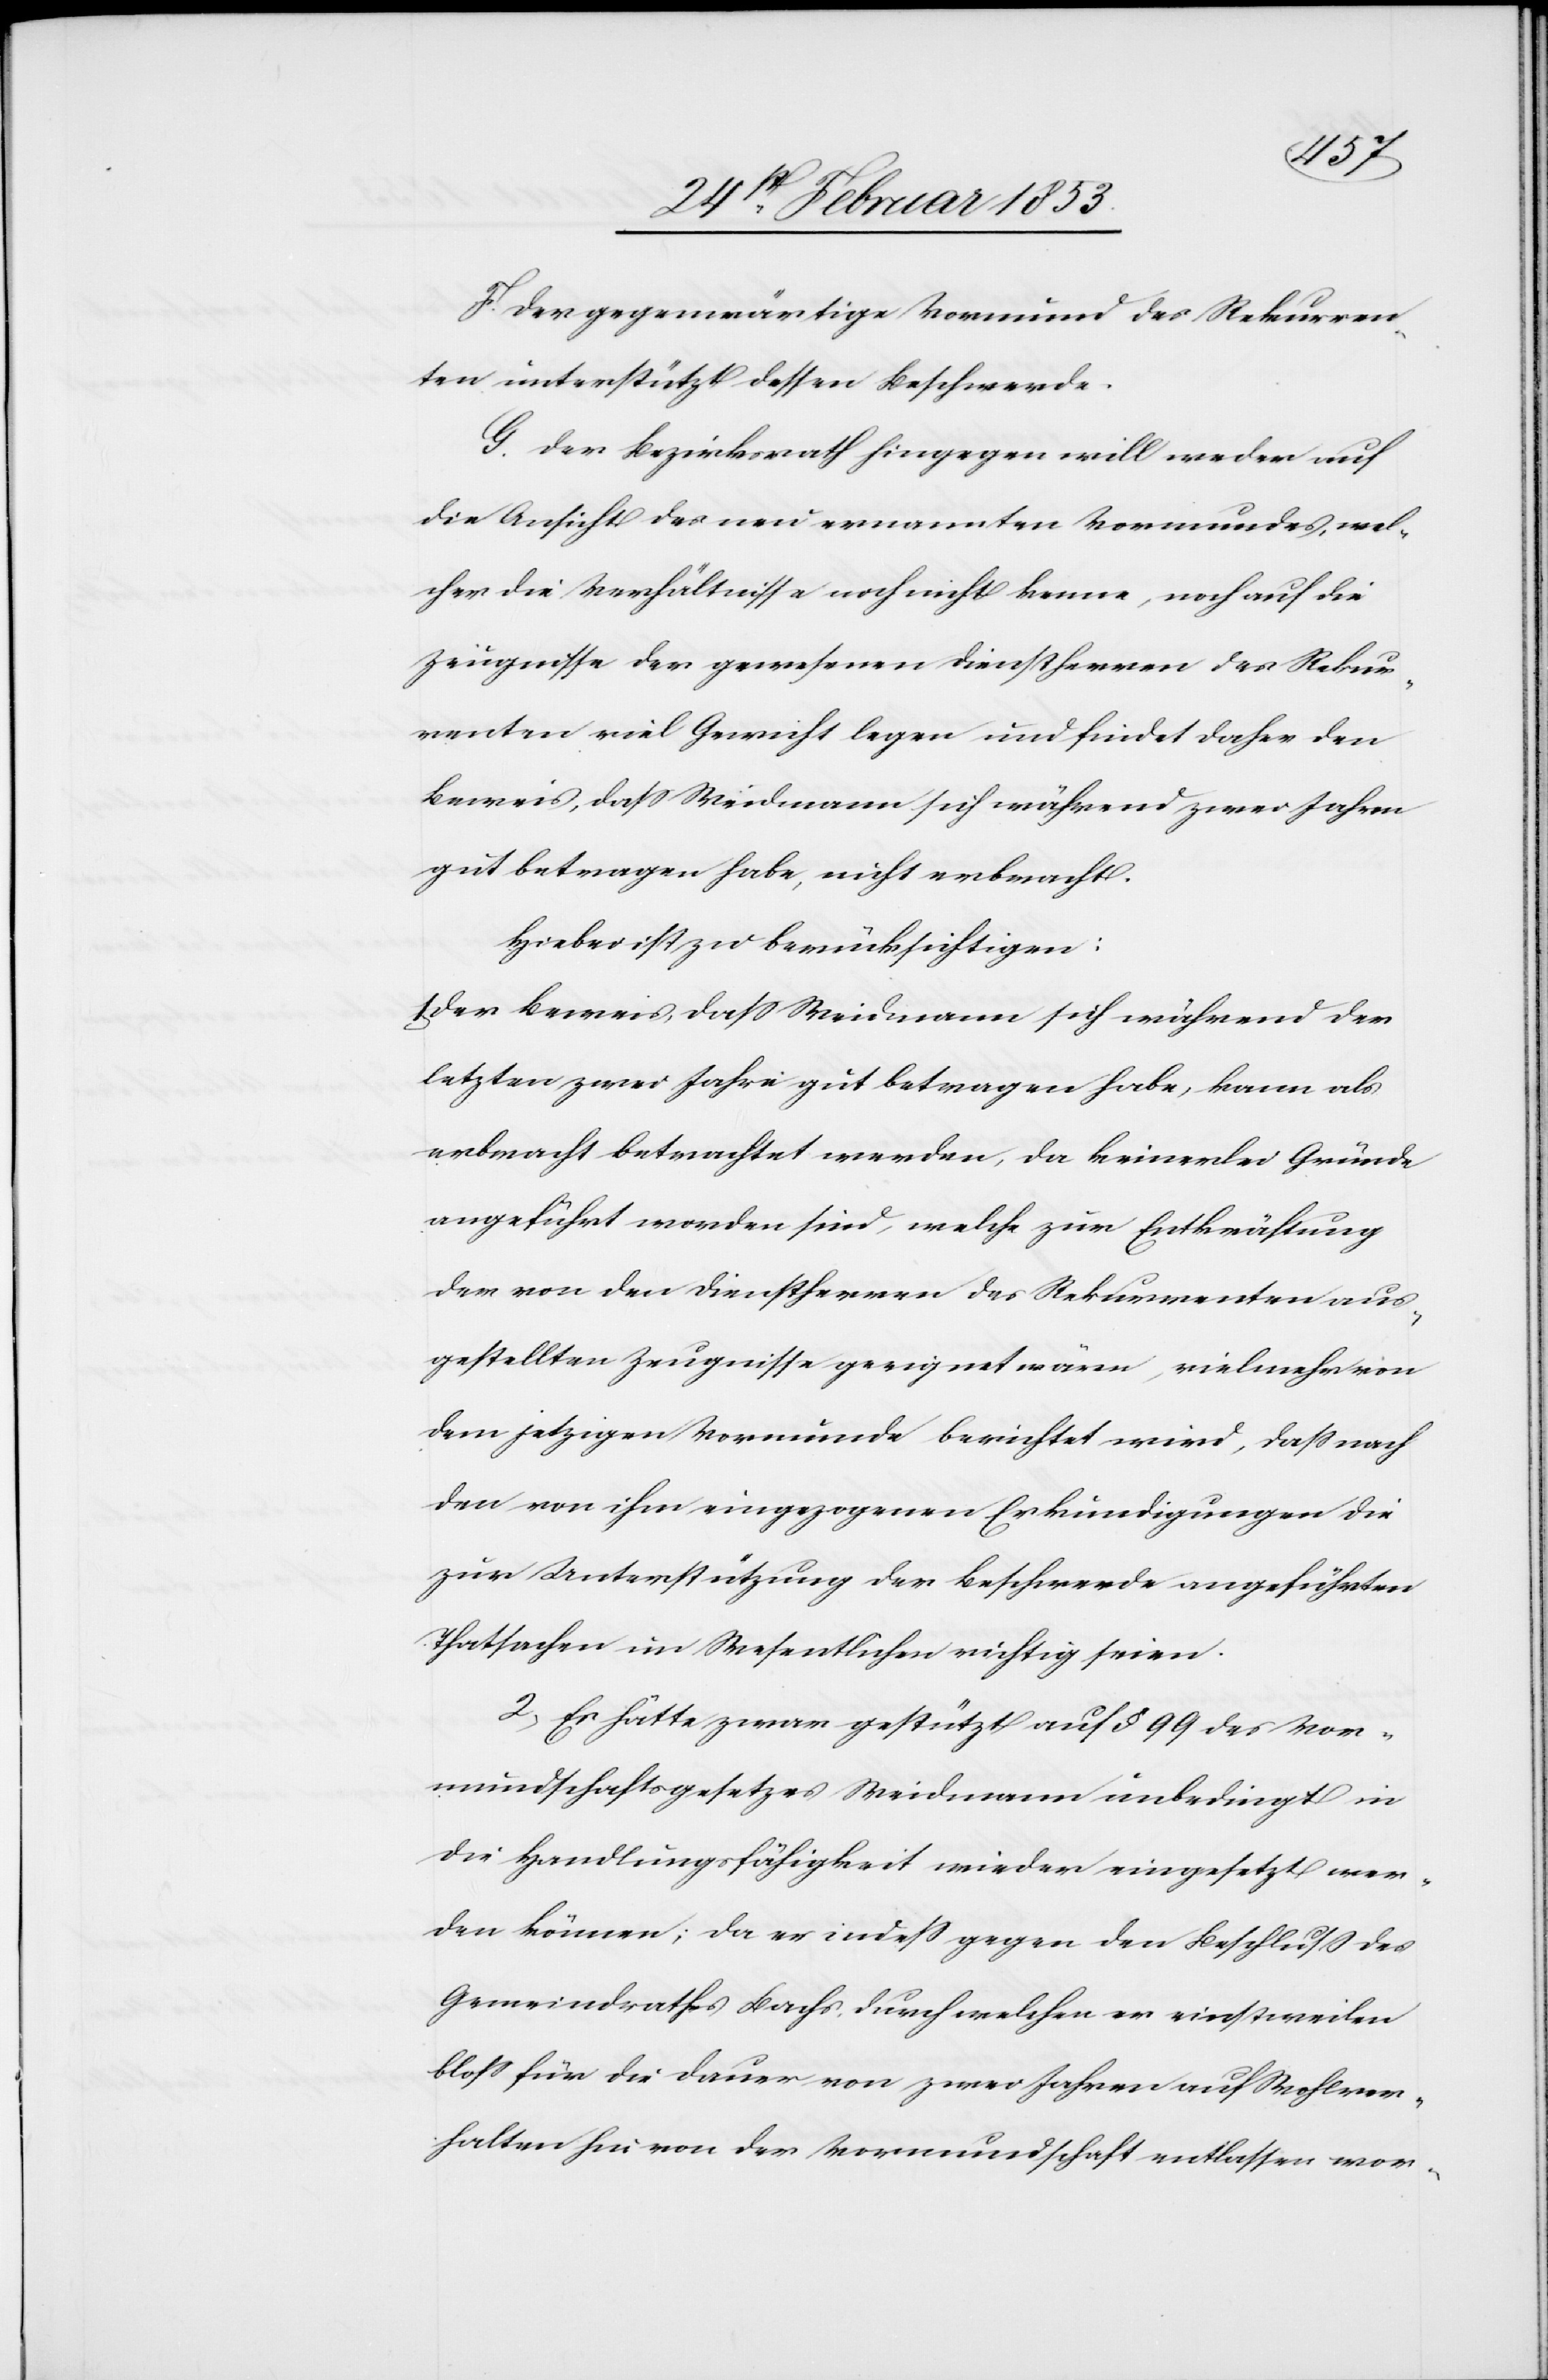
F. Der gegenwärtige Vormund des Rekurren¬
ten unterstützt dessen Beschwerde.
G. Der Bezirksrath hingegen will weder auf
die Ansicht des neu ernannten Vormundes, wel¬
cher die Verhältnisse noch nicht kenne, noch auf die
Zeugnisse der gewesenen Dienstherren des Rekur¬
renten viel Gewicht legen und findet daher den
Beweis, daß Weidmann sich während zwei Jahren
gut betragen habe, nicht erbracht.
Hiebei ist zu berücksichtigen:
Der Beweis, daß Weidmann sich während der
letzten zwei Jahre gut betragen habe, kann als
erbracht betrachtet werden, da keinerlei Gründe
angeführt worden sind, welche zur Entkräftung
der von den Dienstherren des Rekurrenten aus¬
gestellten Zeugnisse geeignet wären, vielmehr von
dem jetzigen Vormunde berichtet wird, daß nach
den von ihm eingezogenen Erkundigungen die
zur Unterstützung der Beschwerde angeführten
Thatsachen im Wesentlichen richtig seien.
2, Es hätte zwar gestützt auf § 99 des Vor¬
mundschaftsgesetzes Weidmann unbedingt in
die Handlungsfähigkeit wieder eingesetzt wer¬
den können, da er indeß gegen den Beschluß des
Gemeindrathes Bachs, durch welchen er einstweilen
bloß für die Dauer von zwei Jahren auf Wohlver¬
halten hin von der Vormundschaft entlassen wor-